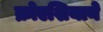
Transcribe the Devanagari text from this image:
क्रोएशियाने